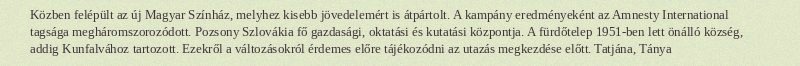
Közben felépült az új Magyar Színház, melyhez kisebb jövedelemért is átpártolt. A kampány eredményeként az Amnesty International tagsága megháromszorozódott. Pozsony Szlovákia fő gazdasági, oktatási és kutatási központja. A fürdőtelep 1951-ben lett önálló község, addig Kunfalvához tartozott. Ezekről a változásokról érdemes előre tájékozódni az utazás megkezdése előtt. Tatjána, Tánya